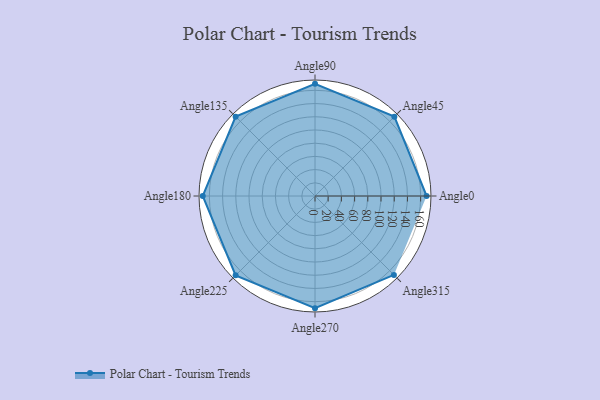
{"axis": {"x": "Angle", "y": "Radius"}, "legend": [""], "data": [{"x": "Angle0", "y": 169.0, "type": ""}, {"x": "Angle45", "y": 170, "type": ""}, {"x": "Angle90", "y": 170, "type": ""}, {"x": "Angle135", "y": 170, "type": ""}, {"x": "Angle180", "y": 170, "type": ""}, {"x": "Angle225", "y": 170, "type": ""}, {"x": "Angle270", "y": 170, "type": ""}, {"x": "Angle315", "y": 169.0, "type": ""}]}